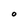
Character: o